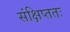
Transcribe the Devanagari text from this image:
संक्षिप्ततः